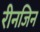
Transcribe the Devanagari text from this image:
रीनजिन